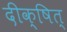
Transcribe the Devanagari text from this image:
दीक्षित्